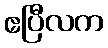
ဧပြီလက